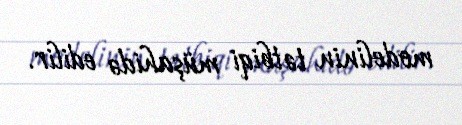
modelinin tətbiqi müşahidə edilir.